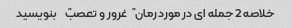
خلاصه 2 جمله ای در مورد رمان "غرور و تعصب" بنویسید